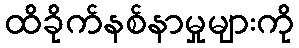
ထိခိုက်နစ်နာမှုများကို